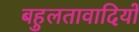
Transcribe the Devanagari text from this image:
बहुलतावादियों